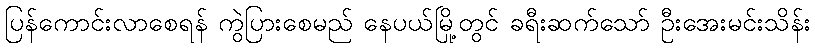
ပြန်ကောင်းလာစေရန် ကွဲပြားစေမည် နေပယ်မြို့တွင် ခရီးဆက်သော် ဦးအေးမင်းသိန်း